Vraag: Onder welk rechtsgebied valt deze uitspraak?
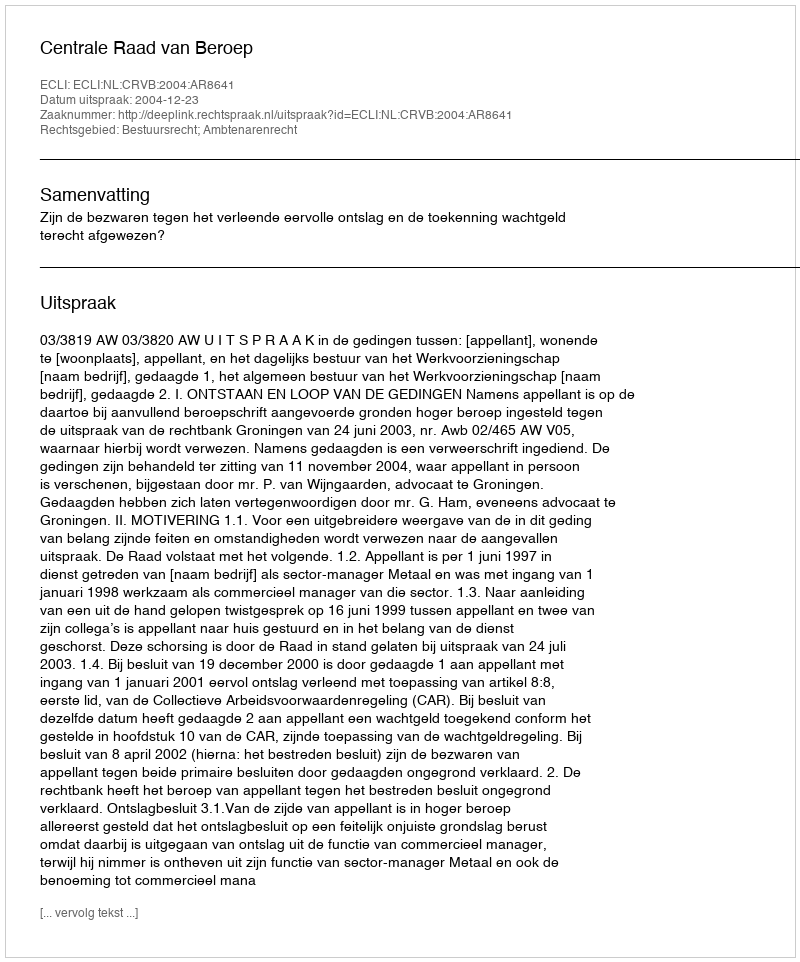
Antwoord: Bestuursrecht; Ambtenarenrecht